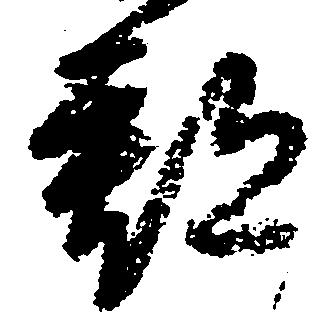
郡